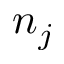
n _ { j }